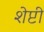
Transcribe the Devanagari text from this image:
शेप्टी